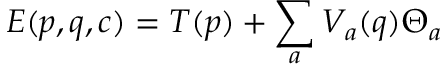
E ( p , q , c ) = T ( p ) + \sum _ { a } V _ { a } ( q ) \Theta _ { a }